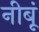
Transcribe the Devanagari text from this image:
नीबूं